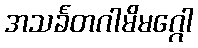
အသင်္ခတဂါမိမဂ္ဂေါ